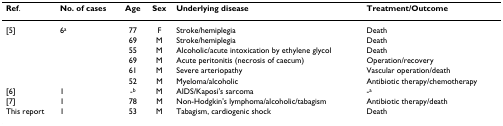
<table><thead><tr><td><b>Ref.</b></td><td><b>No. of cases</b></td><td><b>Age</b></td><td><b>Sex</b></td><td><b>Underlying disease</b></td><td><b>Treatment/Outcome</b></td></tr></thead><tbody><tr><td>[5]</td><td>6<sup>a</sup></td><td>7769</td><td>FM</td><td>Stroke/hemiplegiaStroke/hemiplegia</td><td>DeathDeath</td></tr><tr><td></td><td></td><td>55</td><td>M</td><td>Alcoholic/acute intoxication by ethylene glycol</td><td>Death</td></tr><tr><td></td><td></td><td>69</td><td>M</td><td>Acute peritonitis (necrosis of caecum)</td><td>Operation/recovery</td></tr><tr><td></td><td></td><td>61</td><td>M</td><td>Severe arteriopathy</td><td>Vascular operation/death</td></tr><tr><td></td><td></td><td>52</td><td>M</td><td>Myeloma/alcoholic</td><td>Antibiotic therapy/chemotherapy</td></tr><tr><td>[6]</td><td>1</td><td>-<sup>b</sup></td><td>M</td><td>AIDS/Kaposi&#x27;s sarcoma</td><td>-<sup>a</sup></td></tr><tr><td>[7]</td><td>1</td><td>78</td><td>M</td><td>Non-Hodgkin&#x27;s lymphoma/alcoholic/tabagism</td><td>Antibiotic therapy/death</td></tr><tr><td>This report</td><td>1</td><td>53</td><td>M</td><td>Tabagism, cardiogenic shock</td><td>Death</td></tr></tbody></table>